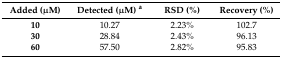
<table><thead><tr><td><b>Added (μM)</b></td><td><b>Detected (μM) <sup>a</sup></b></td><td><b>RSD (%)</b></td><td><b>Recovery (%)</b></td></tr></thead><tbody><tr><td><b>10</b></td><td>10.27</td><td>2.23%</td><td>102.7</td></tr><tr><td><b>30</b></td><td>28.84</td><td>2.43%</td><td>96.13</td></tr><tr><td><b>60</b></td><td>57.50</td><td>2.82%</td><td>95.83</td></tr></tbody></table>